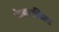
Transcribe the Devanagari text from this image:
फेयरफ़ील्ड